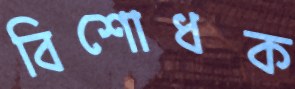
বিশোধক